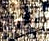
نيرو